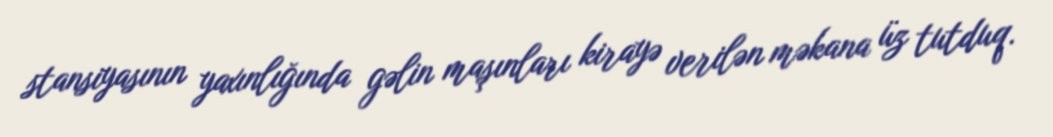
stansiyasının yaxınlığında gəlin maşınları kirayə verilən məkana üz tutduq.